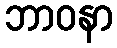
ဘာဝနာ